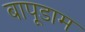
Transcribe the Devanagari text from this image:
बापूडाम